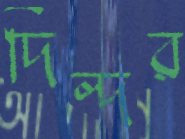
দিল্‌দর